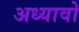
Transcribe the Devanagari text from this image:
अध्यावो